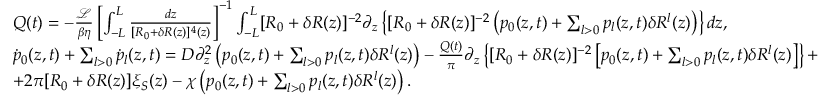
\begin{array} { r l } & { Q ( t ) = - \frac { \mathcal { L } } { \beta \eta } \left[ \int _ { - L } ^ { L } \frac { d z } { [ R _ { 0 } + \delta R ( z ) ] ^ { 4 } ( z ) } \right] ^ { - 1 } \int _ { - L } ^ { L } [ R _ { 0 } + \delta R ( z ) ] ^ { - 2 } \partial _ { z } \left\{ [ R _ { 0 } + \delta R ( z ) ] ^ { - 2 } \left( p _ { 0 } ( z , t ) + \sum _ { l > 0 } p _ { l } ( z , t ) \delta R ^ { l } ( z ) \right) \right\} d z , } \\ & { \dot { p } _ { 0 } ( z , t ) + \sum _ { l > 0 } \dot { p } _ { l } ( z , t ) = D \partial _ { z } ^ { 2 } \left( p _ { 0 } ( z , t ) + \sum _ { l > 0 } p _ { l } ( z , t ) \delta R ^ { l } ( z ) \right) - \frac { Q ( t ) } { \pi } \partial _ { z } \left\{ [ R _ { 0 } + \delta R ( z ) ] ^ { - 2 } \left[ p _ { 0 } ( z , t ) + \sum _ { l > 0 } p _ { l } ( z , t ) \delta R ^ { l } ( z ) \right] \right\} + } \\ & { + 2 \pi [ R _ { 0 } + \delta R ( z ) ] \xi _ { S } ( z ) - \chi \left( p _ { 0 } ( z , t ) + \sum _ { l > 0 } p _ { l } ( z , t ) \delta R ^ { l } ( z ) \right) . } \end{array}